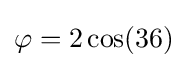
\varphi =2\cos(36)